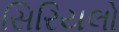
સિરિયલો